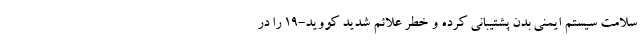
سلامت سیستم ایمنی بدن پشتیبانی کرده و خطر علائم شدید کووید-19 را در